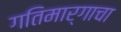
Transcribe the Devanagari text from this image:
गतिमार्गाचा